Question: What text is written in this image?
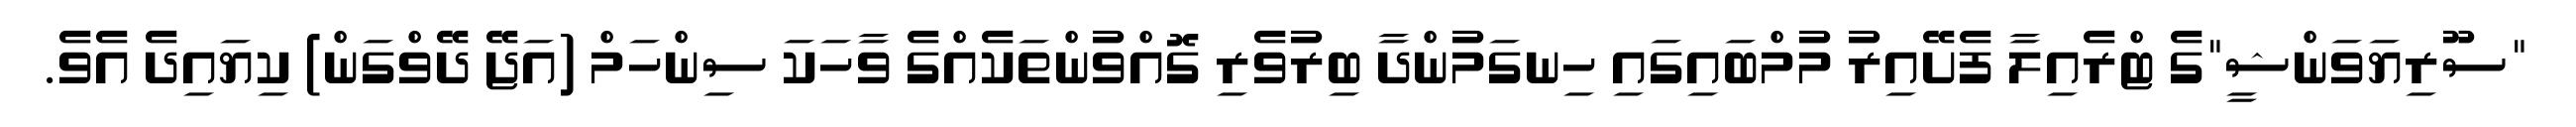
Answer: "ސޫރިޔަވަންޝީ"ގެ ޓްރެއިލާ ފެށޭއިރު މުމްބައިގައި ހިނގަމުންދާ ބިރުވެރި ގޮއްވުންތަކެއްގެ ވާހަކަ ސިންހަމް (އަޖޭ ދޭވްގަން) ކިޔައިދެ އެވެ.